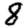
Digit: 8